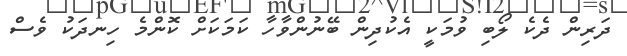
ދަރިން ދެކެ ލޯބި ވުމަކީ އެކުދިން ބޭނުންވާހާ ކަމަކަށް ކޮންމެ ހިނދަކު ވެސް